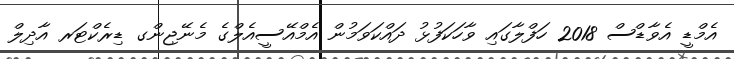
އެމްޑީ އެވާޑްސް 2018 ހަފްލާގައި ވާހަކަފުޅު ދައްކަވަމުން އެމްއޭސީއެލްގެ މެނޭޖިންގ ޑިރެކްޓަރ އާދިލް